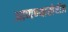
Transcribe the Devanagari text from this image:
आणण्याखेरीज